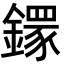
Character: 𨬸